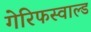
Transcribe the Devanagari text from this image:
गेरिफस्वाल्ड